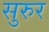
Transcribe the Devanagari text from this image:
सुरुर